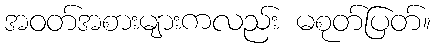
အဝတ်အစားများကလည်း မစုတ်ပြတ်။